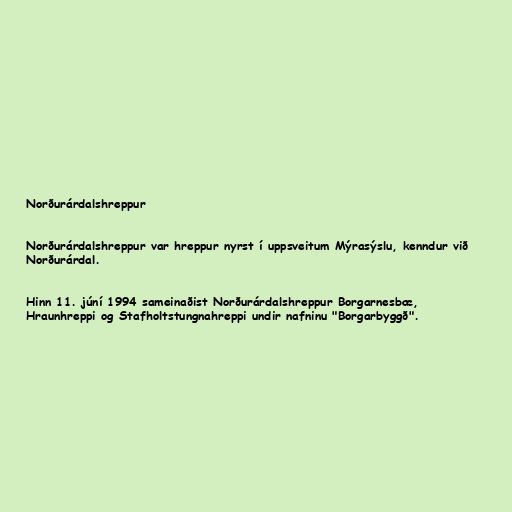
Norðurárdalshreppur

Norðurárdalshreppur var hreppur nyrst í uppsveitum Mýrasýslu, kenndur við
Norðurárdal.

Hinn 11. júní 1994 sameinaðist Norðurárdalshreppur Borgarnesbæ,
Hraunhreppi og Stafholtstungnahreppi undir nafninu "Borgarbyggð".